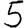
Digit: 5